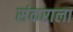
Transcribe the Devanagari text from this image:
संकराला